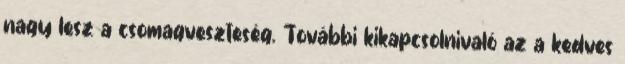
nagy lesz a csomagveszteség. További kikapcsolnivaló az a kedves